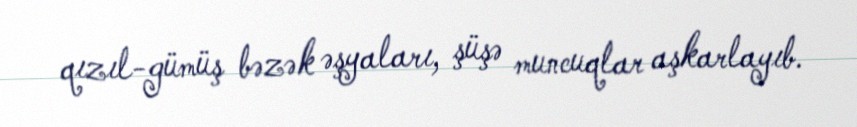
qızıl-gümüş bəzək əşyaları, şüşə muncuqlar aşkarlayıb.